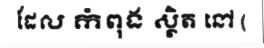
ដែល កំពុង ស្ថិត នៅ (